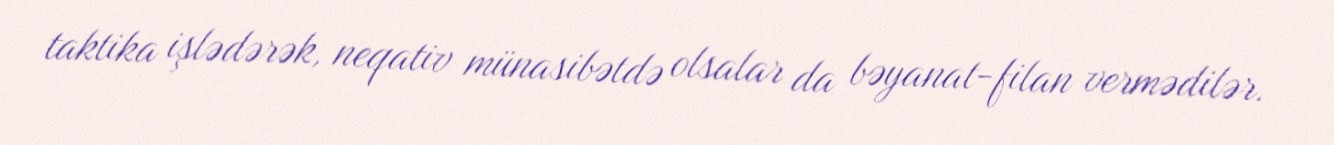
taktika işlədərək, neqativ münasibətdə olsalar da bəyanat-filan vermədilər.